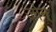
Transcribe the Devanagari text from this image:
जोन्